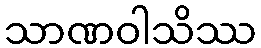
သာဏဝါသိဿ